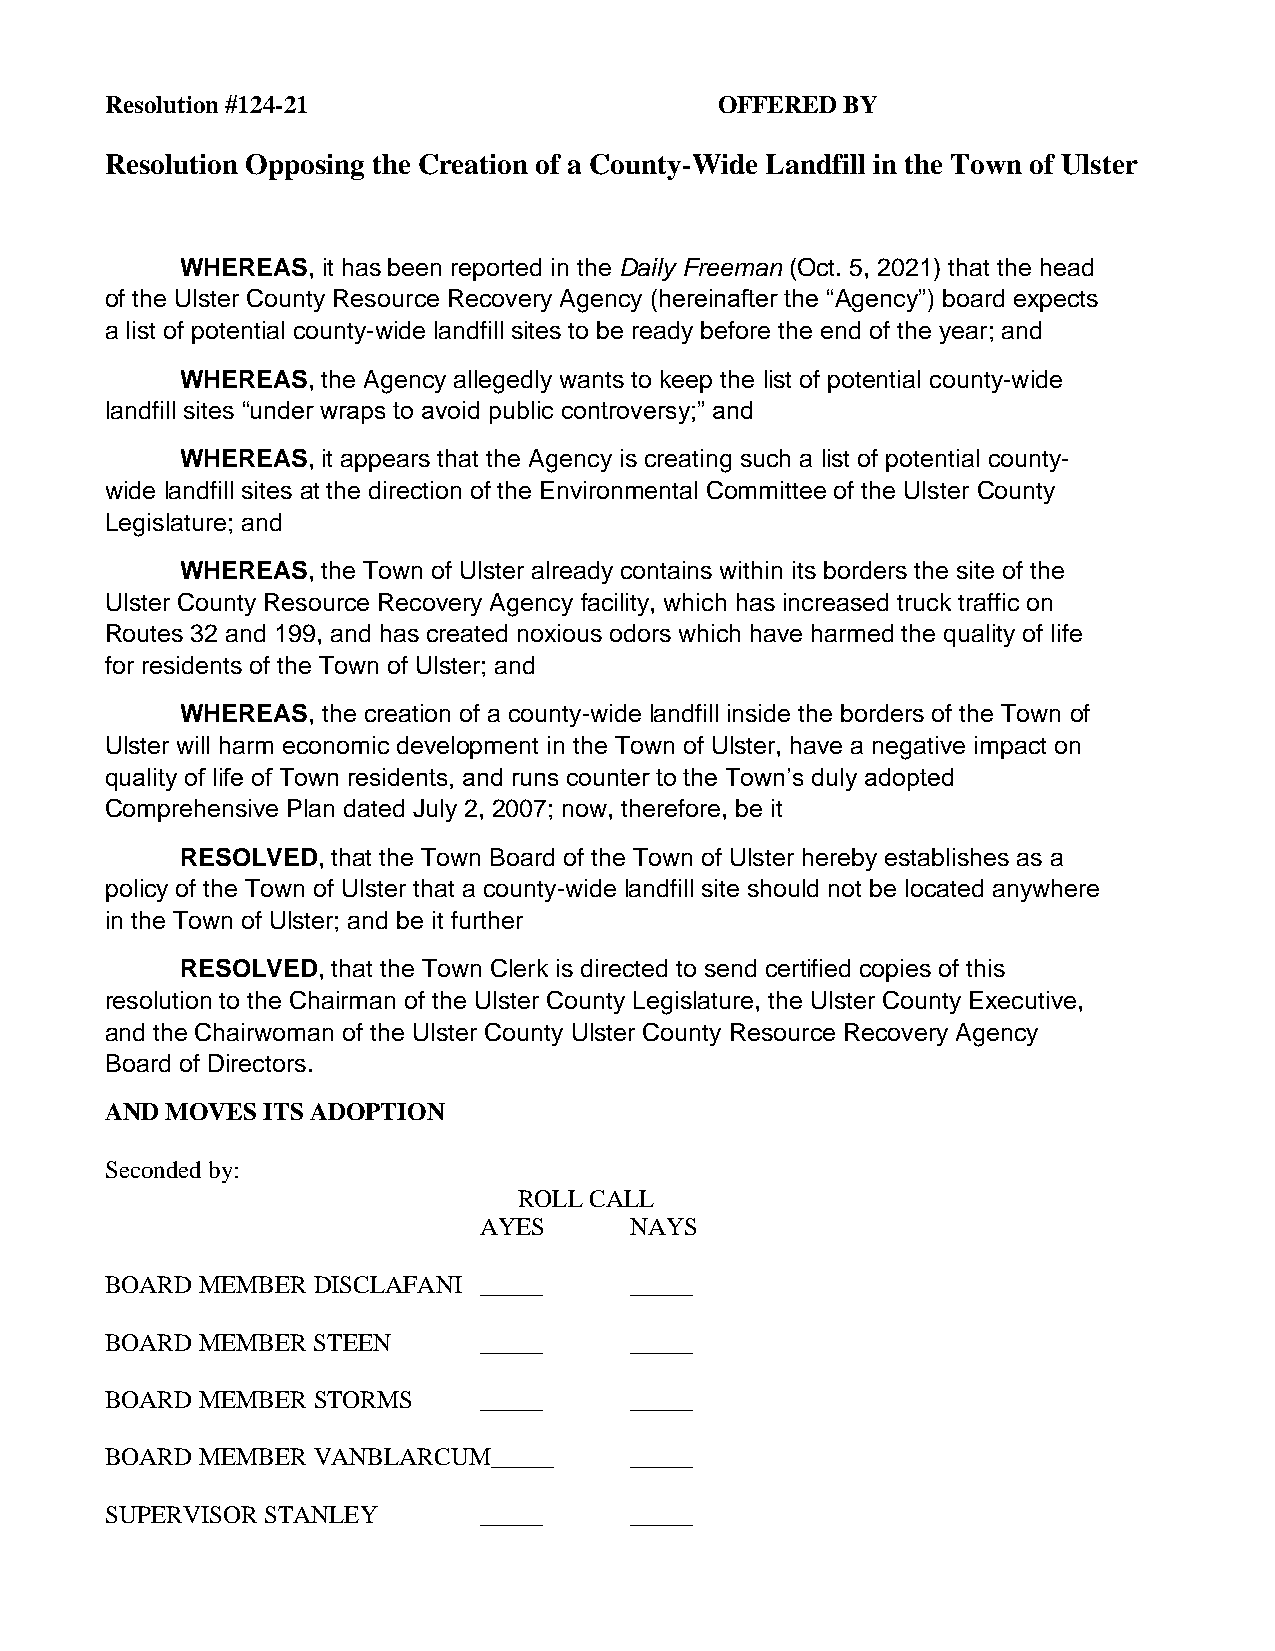
Resolution #124-21                       OFFERED BY
 Resolution Opposing the Creation of a County-Wide Landfill in the Town of Ulster
 WHEREAS, it has been reported in the Daily Freeman (Oct. 5, 2021) that the head
 of the Ulster County Resource Recovery Agency (hereinafter the “Agency”) board expects
 a list of potential county-wide landfill sites to be ready before the end of the year; and
 WHEREAS, the Agency allegedly wants to keep the list of potential county-wide
 landfill sites “under wraps to avoid public controversy;” and
 WHEREAS, it appears that the Agency is creating such a list of potential county-
 wide landfill sites at the direction of the Environmental Committee of the Ulster County
 Legislature; and
 WHEREAS, the Town of Ulster already contains within its borders the site of the
 Ulster County Resource Recovery Agency facility, which has increased truck traffic on
 Routes 32 and 199, and has created noxious odors which have harmed the quality of life
 for residents of the Town of Ulster; and
 WHEREAS, the creation of a county-wide landfill inside the borders of the Town of
 Ulster will harm economic development in the Town of Ulster, have a negative impact on
 quality of life of Town residents, and runs counter to the Town’s duly adopted
 Comprehensive Plan dated July 2, 2007; now, therefore, be it
 RESOLVED, that the Town Board of the Town of Ulster hereby establishes as a
 policy of the Town of Ulster that a county-wide landfill site should not be located anywhere
 in the Town of Ulster; and be it further
 RESOLVED, that the Town Clerk is directed to send certified copies of this
 resolution to the Chairman of the Ulster County Legislature, the Ulster County Executive,
 and the Chairwoman of the Ulster County Ulster County Resource Recovery Agency
 Board of Directors.
 AND MOVES ITS ADOPTION
 Seconded by:
 ROLL CALL
 AYES      NAYS
 BOARD MEMBER  DISCLAFANI _____     _____
 BOARD MEMBER  STEEN      _____     _____
 BOARD MEMBER  STORMS     _____     _____
 BOARD MEMBER  VANBLARCUM_____      _____
 SUPERVISOR STANLEY       _____     _____